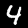
Label: 4